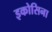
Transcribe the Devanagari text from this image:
इकोसिना